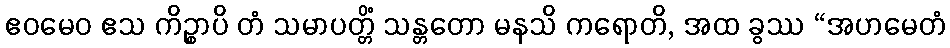
ဧဝမေဝ ဧသ ကိဉ္စာပိ တံ သမာပတ္တိံ သန္တတော မနသိ ကရောတိ, အထ ခွဿ “အဟမေတံ